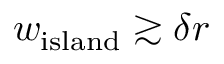
w _ { \mathrm { i s l a n d } } \gtrsim \delta r